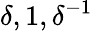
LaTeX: \delta,1,\delta^{-1}